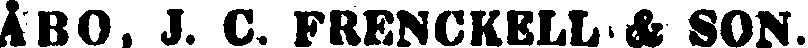
ÅBO, J. C. FRENCKELL & SON.